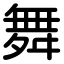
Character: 舞